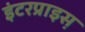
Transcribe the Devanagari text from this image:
इंटरप्राइस़